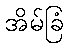
အိမ်ခြံ